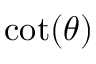
\cot ( \theta )